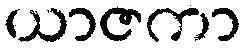
ယာဇကာ